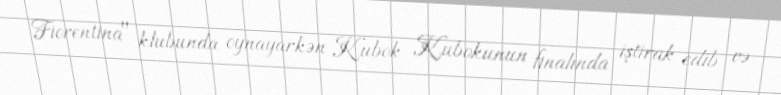
Fiorentina" klubunda oynayarkən Kubok Kubokunun finalında iştirak edib və